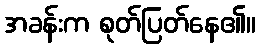
အခန်းက စုတ်ပြတ်နေ၏။